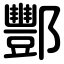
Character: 酆